Lunatic asylums Bombay report 1878-1890 - 1878-1890
Year: 1878
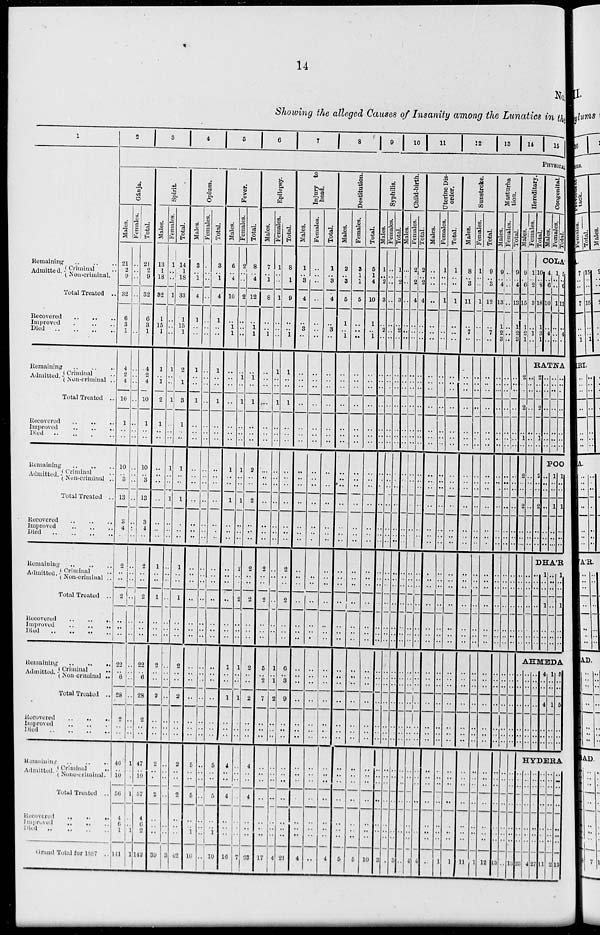
14
No.
Showing the alleged Causes of Insanity among the Lunatics in the
1
Remaining
..
..
..
Admitted. Criminal
Non-criminal.
Total Treated ..
Recovered .. .. ..
Improved .. .. ..
Died
..
..
..
Remaining..
..
..
Admitted. Criminal ..
Non-criminal ..
Total Treated ..
Recovered
..
..
..
Improved .. .. ..
Died..
..
..
Remaining .. .. ..
Admitted. Criminal ..
Non-criminal ..
Total Treated ..
Recovered
..
..
..
Improved
..
..
..
Died .. .. .. ..
Remaining .. .. ..
Admitted. Criminal ..
Non-criminal ..
Total Treated ..
Recovered
..
..
..
Improved
..
..
..
Died .. .. ..
Remaining .. .. ..
Admitted. Criminal ..
Non-criminal ..
Total Treated ..
Recovered
..
..
..
Improved
..
..
..
Died .. .. ..
Remaining. .. .. ..
Admitted. Criminal
..
None-criminal.
Total Treated ..
Recovered
..
..
..
Improved .. ..
..
Died
..
..
..
..
Grand Total for 1887 ..
2
3
4
5
6
7
8
9
10
11
12
13
14
15
PHYSICAL
Gánja.
Males.
21
2
9
32
6
3
1
4
2
4
10
1
..
..
10
.. 3
13
3
4
..
2
..
..
2
..
..
..
22
..
6
28
2
..
..
46
..
10
56
4
6
1
141
Females.
..
..
..
..
..
..
..
..
..
..
..
..
..
..
..
..
..
..
..
..
..
..
..
..
..
..
..
..
..
..
..
..
..
..
..
1
..
..
1
..
..
1
1
Total.
21
2
9
32
6
3
1
4
2
4
10
1
..
..
10
.. 3
13
3
4
..
2
..
..
2
..
..
..
22
.. 6
28
2
..
..
47
..
10
57
4
6
2
142
Spirit.
Males.
13
1
18
32
1
15
1
1
.. 1
2
1
..
..
..
..
..
..
..
..
..
1
..
..
1
..
..
..
2
..
..
2
..
..
..
2
..
..
2
..
..
..
39
Females.
1
..
..
1
..
..
..
1
1
..
..
1
..
..
..
1
..
..
1
..
..
..
..
..
..
..
..
..
..
..
..
..
..
..
..
..
..
..
..
..
..
..
..
3
Total.
14
1
18
33
1
15
1
2
.. 1
3
1
..
..
1
..
..
1
..
..
..
1
..
..
1
..
..
..
2
..
..
2
..
..
..
2
..
..
2
..
..
..
42
Opium.
Males.
3
.. 1
4
1
..
..
1
..
..
1
..
..
..
..
..
..
..
..
.. ..
..
..
..
..
..
..
..
..
..
..
..
..
..
..
5
..
..
5
..
.. 1
10
Females.
..
..
..
..
..
..
..
..
..
..
..
..
..
..
..
..
..
..
..
..
..
..
..
..
..
..
..
..
..
..
..
..
..
..
..
..
..
..
..
..
..
..
..
Total.
3
.. 1
4
1
..
..
1
..
..
1
..
..
..
..
..
..
..
..
..
..
..
..
..
..
..
..
..
..
..
..
..
..
..
..
5
.. ..
5
..
.. 1
10
Fever.
Males.
6
.. 4
10
..
1
1
..
..
..
..
..
.. ..
1
..
..
1
..
..
..
..
..
..
..
..
..
..
1
..
..
1
..
..
..
4
..
..
4
..
..
..
16
Females.
2
1
..
2
..
..
..
..
1
..
1
..
..
..
1
..
..
1
..
..
..
2
..
..
2
..
..
..
1
..
..
1
..
..
..
..
..
..
..
..
..
..
7
Total.
8
.. 4
12
..
1
1
..
1
..
1
..
..
..
2
..
..
2
..
..
..
2
..
..
2
..
..
..
2
..
..
2
..
..
..
4
..
..
4
..
..
..
23
Epilepsy.
Males.
7
.. 1
8
..
.. 1
..
..
..
..
..
..
..
..
..
..
..
..
..
..
2
..
..
2
..
..
..
5
.. 2
7
..
..
..
..
..
..
..
..
.. ..
17
Females.
1
..
..
1
..
..
..
1
..
..
1
..
..
..
..
..
..
..
..
..
..
..
..
..
..
..
..
..
1
.. 1
2
..
..
..
..
.. ..
..
..
..
..
4
Total.
8
.. 1
9
..
.. 1
1
..
..
1
..
..
..
..
..
..
..
..
..
..
2
..
..
2
..
..
..
6
.. 3
9
..
..
..
..
..
..
..
..
..
..
21
Injury to
Head.
Males.
1
.. 3
4
..
3
..
..
..
..
..
..
..
..
..
..
..
..
..
..
..
..
..
..
..
..
..
..
..
..
..
..
..
..
..
..
..
..
..
..
..
..
4
Females.
..
..
..
..
..
..
..
..
..
..
..
..
..
..
..
..
..
..
..
..
..
..
..
..
..
..
..
..
..
..
..
..
..
..
..
..
..
..
..
..
..
..
..
Total.
1
.. 3
4
..
3
..
..
..
..
..
..
..
..
..
..
..
..
..
..
..
..
.. ..
..
..
..
..
..
..
..
..
..
..
..
..
..
..
..
..
..
..
4
Destitution.
Males.
2
.. 3
5
1
.. 1
..
..
..
..
..
..
..
..
..
..
..
..
..
..
..
..
..
..
..
..
..
..
..
..
..
..
..
..
..
..
..
..
..
..
..
5
Females.
3
1
1
5
..
..
..
..
..
..
..
..
..
..
..
.. ..
..
..
..
..
..
.. ..
..
..
..
..
..
..
..
..
..
..
..
..
..
..
..
..
..
..
5
Total.
5
1
4
10
1
.. 1
..
..
..
..
..
..
..
..
..
..
..
..
..
..
..
..
..
..
..
..
..
..
..
..
..
..
..
..
..
..
..
..
..
..
..
10
Syphilis.
Males.
1
.. 2
3
..
2
..
..
..
..
..
..
..
..
..
..
..
..
..
..
..
..
..
..
..
..
..
..
..
..
..
..
..
..
..
..
..
..
..
..
..
..
3
Females.
..
..
..
..
..
..
..
..
..
..
..
..
..
..
..
..
..
..
..
..
..
..
..
..
..
..
..
..
..
..
..
..
..
..
..
..
..
..
..
..
..
..
..
Total.
1
.. 2
3
..
2
..
..
..
..
..
..
..
..
..
..
..
..
..
..
..
..
..
..
..
..
..
..
..
..
..
..
..
..
..
..
..
..
..
..
..
..
3
Child-birth.
Males.
..
..
..
..
..
..
..
..
..
..
..
..
..
..
..
..
..
..
..
..
..
..
..
..
..
..
..
..
..
..
..
..
..
..
..
..
..
..
..
..
..
..
..
Females.
2
.. 2
4
..
..
..
..
..
..
..
..
..
..
..
..
..
..
..
..
..
..
..
..
..
..
..
..
..
..
..
..
..
..
..
..
..
..
..
..
..
..
4
Totla.
2
.. 2
4
..
..
..
..
..
..
..
..
..
..
..
..
..
..
..
..
..
..
..
..
..
..
..
..
..
..
..
..
..
..
..
..
..
..
..
..
..
..
4
Uterine Dis¬
order.
Sunstroke.
Males.
..
..
..
...
..
..
..
..
..
..
..
..
..
..
..
..
..
..
..
..
..
..
..
..
..
..
..
..
..
..
..
..
..
..
..
..
..
..
..
..
..
..
..
Females.
1
..
..
1
..
..
..
..
..
..
..
..
..
..
..
..
..
..
..
..
..
..
.. ..
..
..
..
..
..
..
..
..
..
..
..
.. ..
..
..
..
.. ..
1
Total.
1
..
..
1
..
..
..
..
..
..
..
..
..
..
..
..
..
..
..
..
..
..
..
..
..
..
..
..
..
..
..
..
..
..
..
..
..
..
..
..
..
..
1
Sunstroke.
Males.
8
.. 3
11
..
7
..
..
..
..
..
..
..
..
..
..
..
..
..
..
..
..
..
..
..
..
..
..
..
..
..
..
..
..
..
..
..
..
..
..
..
..
11
Females.
1
..
..
1
..
..
..
..
..
..
..
..
..
..
..
..
..
..
..
..
..
..
..
..
..
..
..
..
..
..
..
..
..
..
..
..
..
..
..
..
..
..
1
Total.
9
.. 3
12
..
7
..
..
..
..
..
..
..
..
..
..
..
..
..
..
..
..
..
..
..
..
..
..
..
..
..
..
..
..
..
..
..
..
..
..
.. ..
12
Masturba¬
tion.
Males.
9
.. 4
13
1
2
3
..
..
..
..
..
..
..
..
..
..
..
..
..
..
..
..
..
..
..
..
..
..
..
..
..
..
..
..
..
..
..
..
..
..
..
13
Females.
..
..
..
..
..
..
..
..
..
..
..
..
..
..
..
..
..
..
..
..
..
..
..
..
..
..
..
..
..
..
..
..
..
..
..
..
..
..
..
..
..
..
..
Total.
9
.. 4
13
1
2
3
..
..
..
..
..
..
..
..
..
..
..
..
..
..
..
..
..
..
..
..
..
..
..
..
..
..
..
..
..
..
..
..
..
..
..
13
Hereditary.
Males.
9
.. 6
15
1
2
1
2
..
..
2
..
1
..
2
..
..
2
..
..
..
..
..
..
..
..
..
..
Females.
1
.. 2
3
..
1
..
Total. Co
Males.
Females. Total.
COLÁ
10
.. 8
18
1
3
1
4
..
6
10
..
4
..
1
..
..
1
..
..
..
5
..
6
11
..
4
..
RATNA
..
..
..
..
..
.. ..
..
..
..
..
..
..
..
..
..
..
..
..
..
..
2
..
..
2
..
1
..
2
..
..
2
..
..
..
..
..
..
..
..
..
..
..
..
..
..
..
..
..
..
.. ..
..
..
..
..
POONA
..
..
..
..
..
..
..
1
..
..
..
..
..
..
1
..
..
..
..
..
..
DHÁR
..
..
..
..
..
..
..
1
..
..
1
..
..
..
..
..
..
..
..
..
..
1
..
..
1
..
..
..
AHMEDA
..
..
..
..
..
..
..
..
..
..
..
..
..
..
..
..
..
..
..
..
..
4
..
..
4
..
..
..
1
..
..
1
..
..
..
5
..
..
5
..
..
..
HYDERA
..
..
..
..
..
.. ..
23
..
..
..
..
..
..
..
4
..
..
..
..
..
.. ..
27
..
..
..
..
..
..
..
11
..
.. ..
..
..
..
..
2
..
..
..
..
..
..
..
13